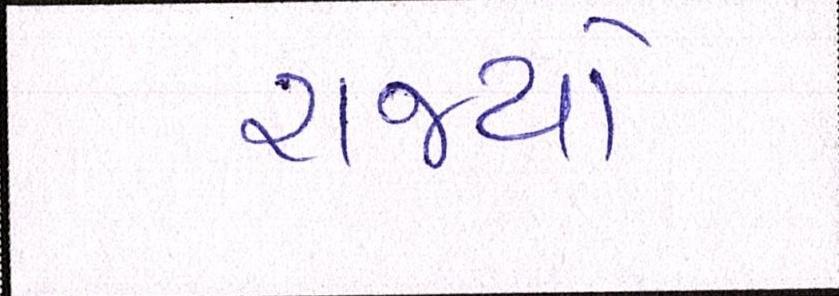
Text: રાજ્યો